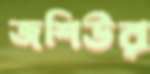
জশিউর